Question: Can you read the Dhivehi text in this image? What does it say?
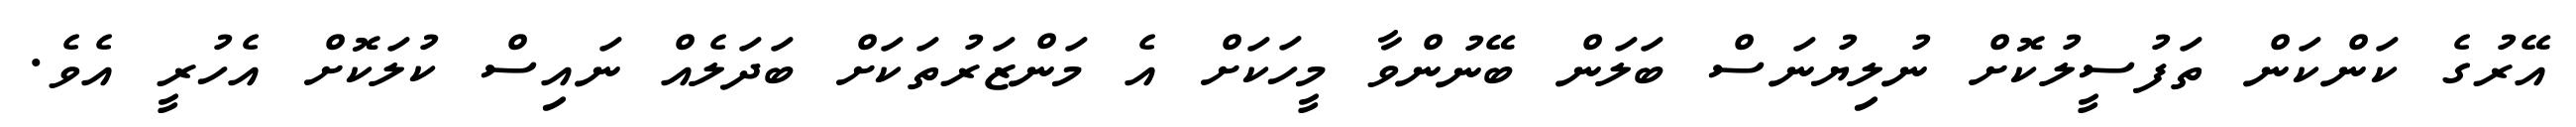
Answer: އޭރުގެ ކަންކަން ތަފުސީލުކޮށް ނުލިޔުނަސް ބަލަން ބޭނުންވާ މީހަކަށް އެ މަންޒަރުތަކަށް ބަދަލެއް ނައިސް ކުލަކޮށް އެހުރީ އެވެ.